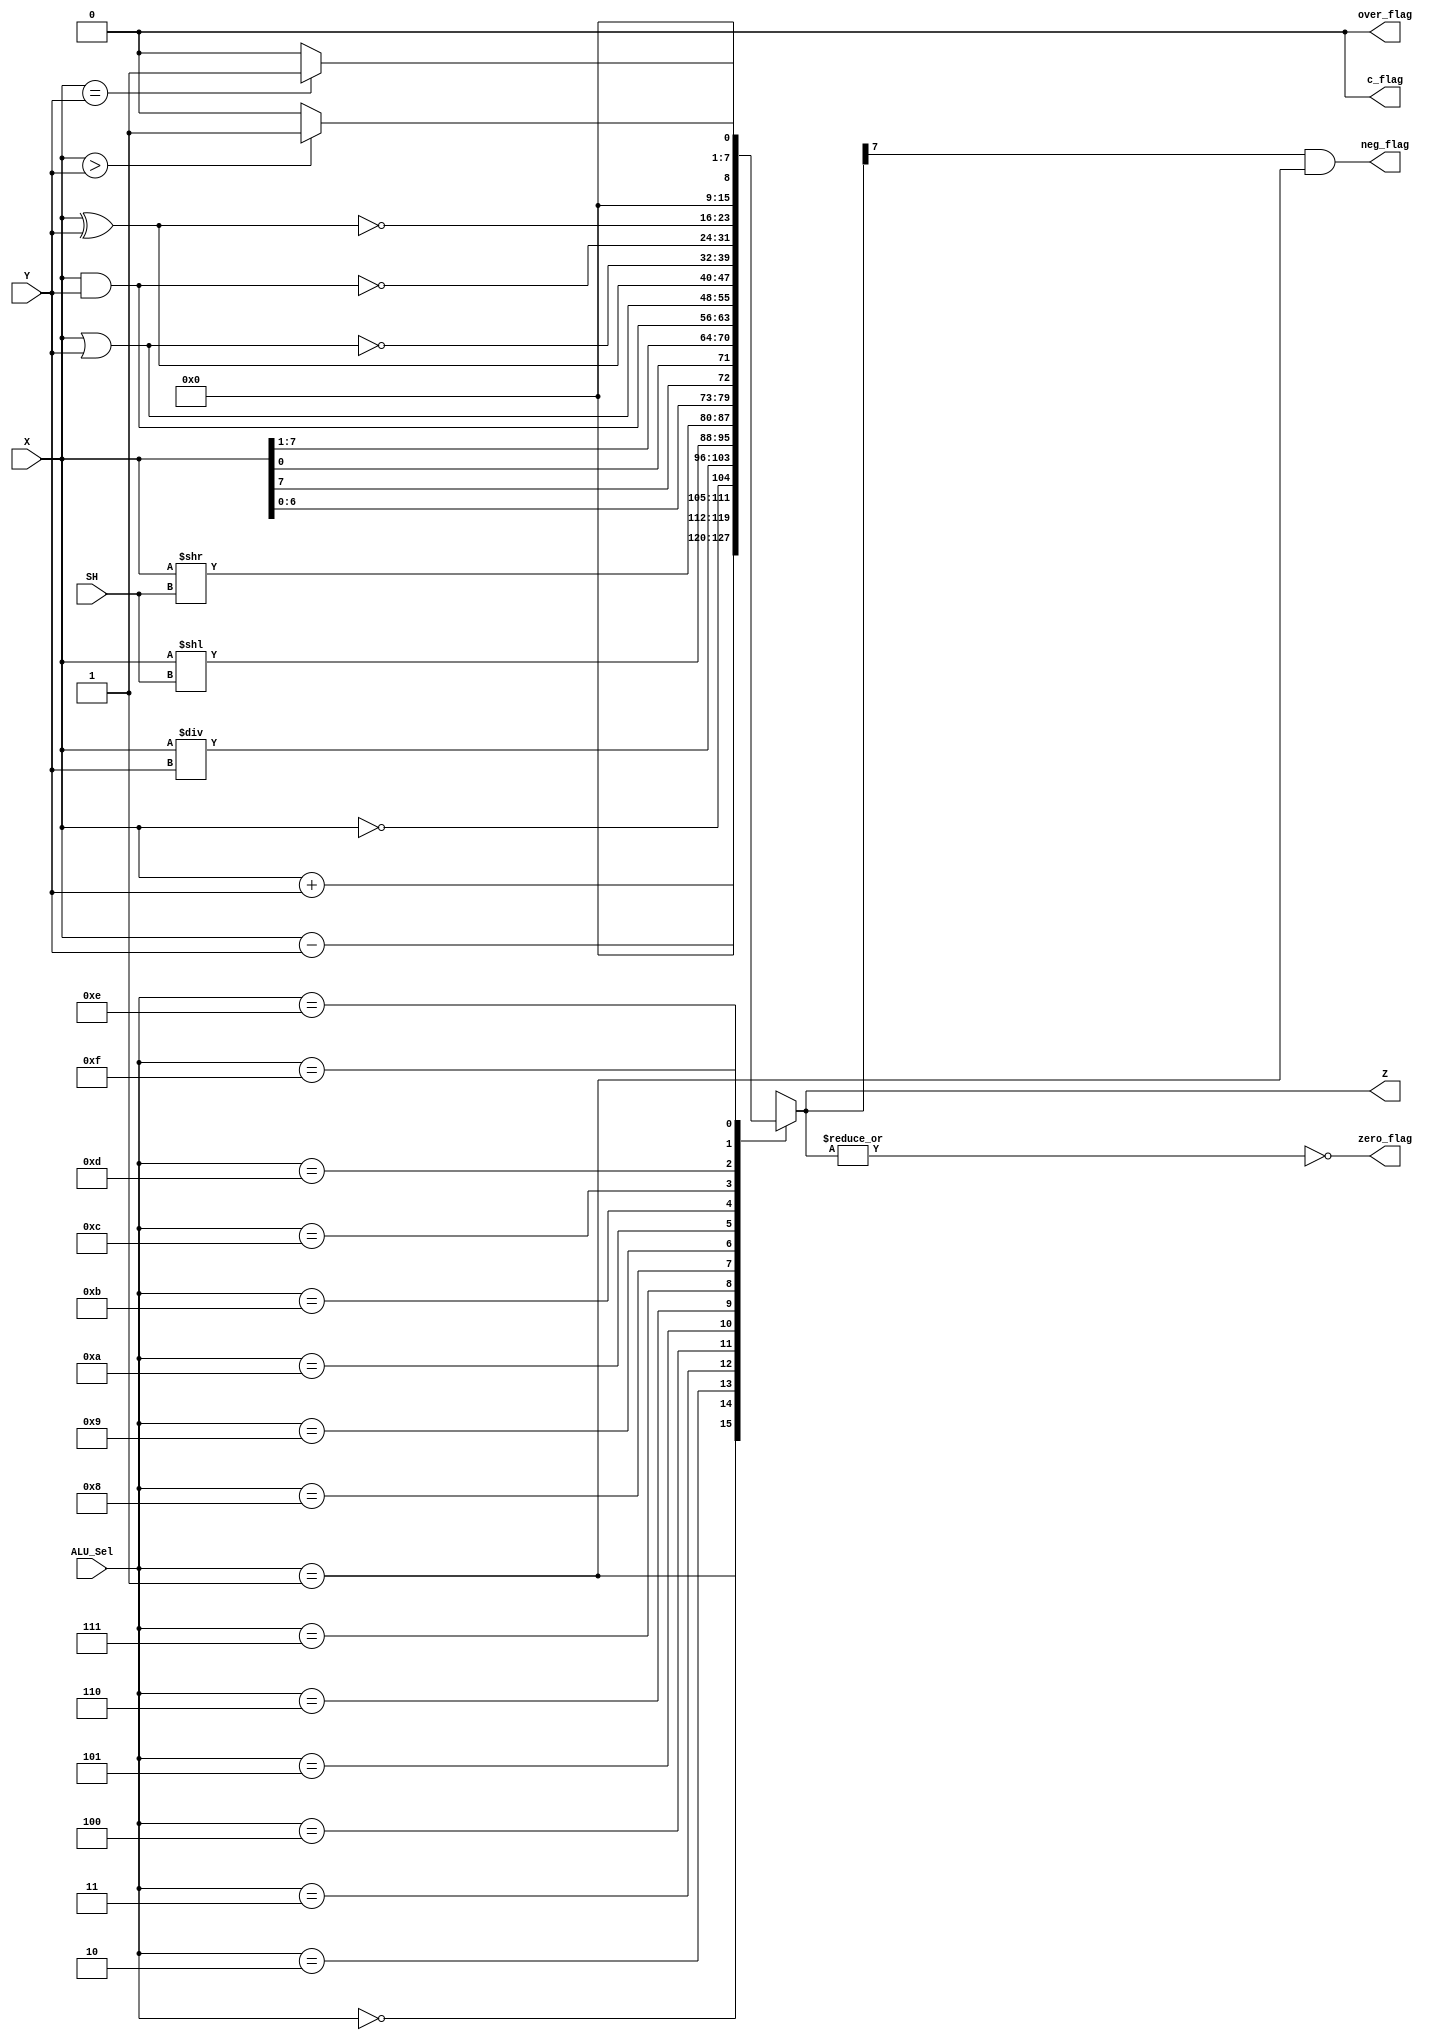
`timescale 1ns / 1ps
//////////////////////////////////////////////////////////////////////////////////
// Company: 
// Engineer: 
// 
// Design Name: 
// Module Name:    h_alu 
// Project Name: 
// Target Devices: 
// Tool versions: 
// Description: 
//
// Dependencies: 
//
// Revision: 
// Revision 0.01 - File Created
// Additional Comments: 
//
//////////////////////////////////////////////////////////////////////////////////
module h_alu( input      [7:0] X,Y,    // ALU 8-bit Inputs                 
              input      [3:0] ALU_Sel,// ALU Selection
              input      [2:0] SH,     // shift amount
              output     [7:0] Z,     // ALU 8-bit Output
              output           c_flag,      // Carry Out Flag
              output           zero_flag,   // zero flag
              output           neg_flag,    // negative flag
              output           over_flag    // overflow flag
            );

  reg [7:0] ALU_Result;
  assign Z = ALU_Result; // ALU out
  assign c_flag = 0; // Carryout flag
  assign zero_flag = ~(|ALU_Result);
  assign neg_flag = (ALU_Result[7] == 1 && ALU_Sel == 4'b0001);
  assign over_flag= 0;
  always @(*)
    begin
      case(ALU_Sel)
        4'b0000: // Addition
          ALU_Result = X + Y ; 
        4'b0001: // Subtraction
          ALU_Result = X - Y ;
        4'b0010: // Multiplication
          ALU_Result =!X;
        4'b0011: // Division
          ALU_Result = X/Y;
        4'b0100: // Logical shift left
          ALU_Result = X<<SH;
        4'b0101: // Logical shift right
          ALU_Result = X>>SH;
        4'b0110: // Rotate left
          ALU_Result = {X[6:0],X[7]};
        4'b0111: // Rotate right
          ALU_Result = {X[0],X[7:1]};
        4'b1000: //  Logical and 
          ALU_Result = X & Y;
        4'b1001: //  Logical or
          ALU_Result = X | Y;
        4'b1010: //  Logical xor 
          ALU_Result = X ^ Y;
        4'b1011: //  Logical nor
          ALU_Result = ~(X | Y);
        4'b1100: // Logical nand 
          ALU_Result = ~(X & Y);
        4'b1101: // Logical xnor
          ALU_Result = ~(X ^ Y);
        4'b1110: // Greater comparison
          ALU_Result = (X>Y)?8'd1:8'd0 ;
        4'b1111: // Equal comparison   
          ALU_Result = (X==Y)?8'd1:8'd0 ;
        default: ALU_Result = X + Y ; 
      endcase
    end
  
endmodule